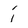
Character: i